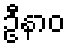
ဦနာဝ